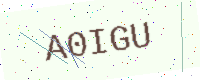
Text: A0IGU